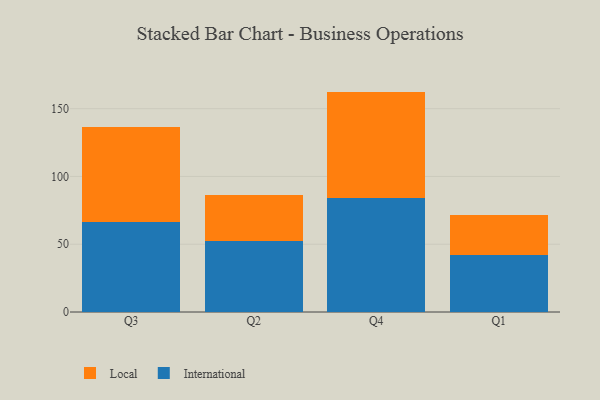
{"axis": {"x": "Quarter", "y": "Customer Acquisition Cost (USD)"}, "legend": ["International", "Local"], "data": [{"x": "Q3", "y": 66.1, "type": "International"}, {"x": "Q3", "y": 70.2, "type": "Local"}, {"x": "Q2", "y": 52.2, "type": "International"}, {"x": "Q2", "y": 34.4, "type": "Local"}, {"x": "Q4", "y": 84.3, "type": "International"}, {"x": "Q4", "y": 78.3, "type": "Local"}, {"x": "Q1", "y": 42.0, "type": "International"}, {"x": "Q1", "y": 29.8, "type": "Local"}]}